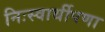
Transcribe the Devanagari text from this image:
निःस्वार्थीपणा